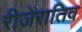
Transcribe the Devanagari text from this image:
रीजेंरातिव